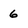
Character: 6